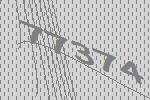
77374